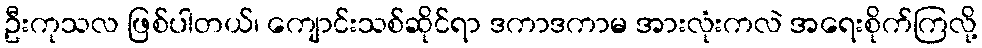
ဦးကုသလ ဖြစ်ပါတယ်၊ ကျောင်းသစ်ဆိုင်ရာ ဒကာဒကာမ အားလုံးကလဲ အရေးစိုက်ကြလို့